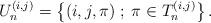
LaTeX: \begin{align*} U_n^{(i,j)} = \left\{ (i,j,\pi) \; ; \; \pi \in T_n^{(i,j)} \right\}.\end{align*}